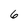
Character: 6